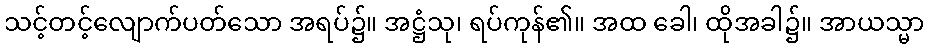
သင့်တင့်လျောက်ပတ်သော အရပ်၌။ အဋ္ဌံသု၊ ရပ်ကုန်၏။ အထ ခေါ၊ ထိုအခါ၌။ အာယသ္မာ